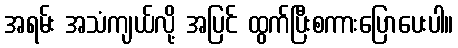
အရမ်း အသံကျယ်လို့ အပြင် ထွက်ပြီးစကားပြောပေးပါ။